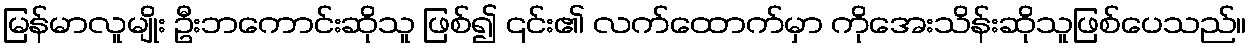
မြန်မာလူမျိုး ဦးဘကောင်းဆိုသူ ဖြစ်၍ ၎င်း၏ လက်ထောက်မှာ ကိုအေးသိန်းဆိုသူဖြစ်ပေသည်။